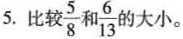
5.比较\frac{5}{8} 和 \frac{6}{13} 的大小。